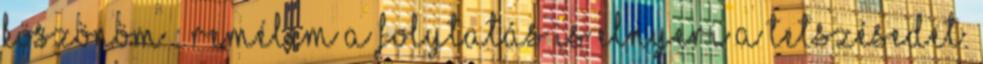
köszönöm : Remélem a folytatás is elnyeri a tetszésedet.